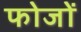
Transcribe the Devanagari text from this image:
फोजों